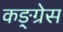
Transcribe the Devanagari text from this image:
कङ्ग्रेस